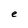
Character: e